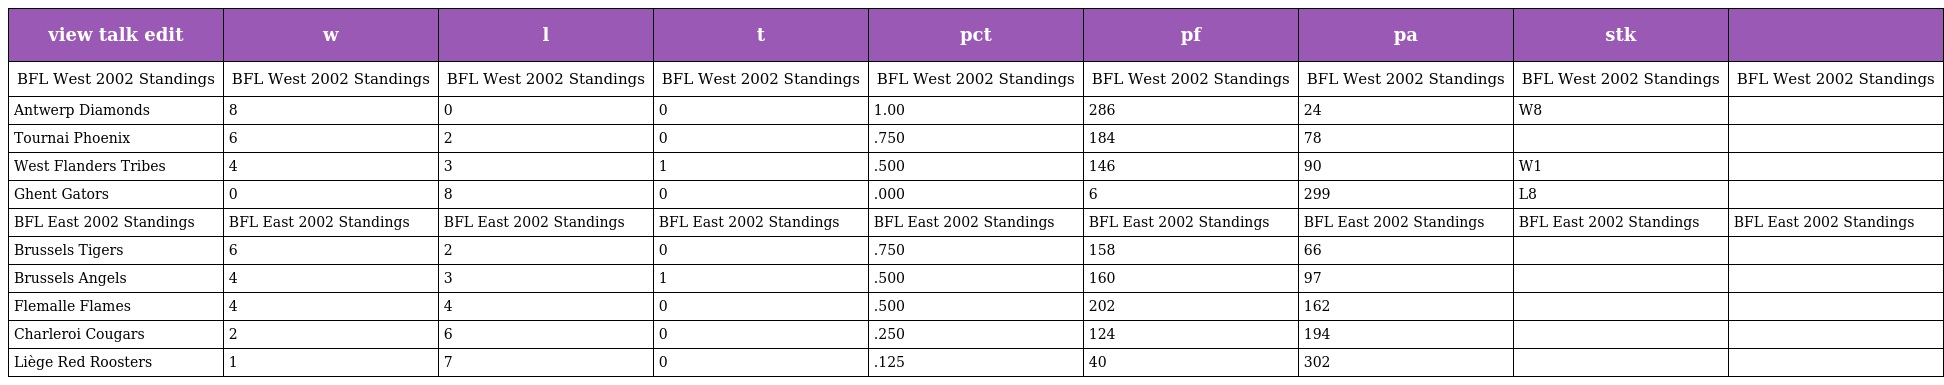
| view talk edit | w | l | t | pct | pf | pa | stk |  |
 | --- | --- | --- | --- | --- | --- | --- | --- | --- |
 | BFL West 2002 Standings | BFL West 2002 Standings | BFL West 2002 Standings | BFL West 2002 Standings | BFL West 2002 Standings | BFL West 2002 Standings | BFL West 2002 Standings | BFL West 2002 Standings | BFL West 2002 Standings |
 | Antwerp Diamonds | 8 | 0 | 0 | 1.00 | 286 | 24 | W8 |  |
 | Tournai Phoenix | 6 | 2 | 0 | .750 | 184 | 78 |  |  |
 | West Flanders Tribes | 4 | 3 | 1 | .500 | 146 | 90 | W1 |  |
 | Ghent Gators | 0 | 8 | 0 | .000 | 6 | 299 | L8 |  |
 | BFL East 2002 Standings | BFL East 2002 Standings | BFL East 2002 Standings | BFL East 2002 Standings | BFL East 2002 Standings | BFL East 2002 Standings | BFL East 2002 Standings | BFL East 2002 Standings | BFL East 2002 Standings |
 | Brussels Tigers | 6 | 2 | 0 | .750 | 158 | 66 |  |  |
 | Brussels Angels | 4 | 3 | 1 | .500 | 160 | 97 |  |  |
 | Flemalle Flames | 4 | 4 | 0 | .500 | 202 | 162 |  |  |
 | Charleroi Cougars | 2 | 6 | 0 | .250 | 124 | 194 |  |  |
 | Liège Red Roosters | 1 | 7 | 0 | .125 | 40 | 302 |  |  |